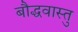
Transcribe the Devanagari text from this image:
बौद्धवास्तु